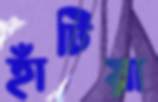
হাঁটিয়া